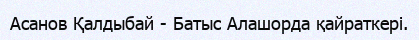
Асанов Қалдыбай - Батыс Алашорда қайраткері.